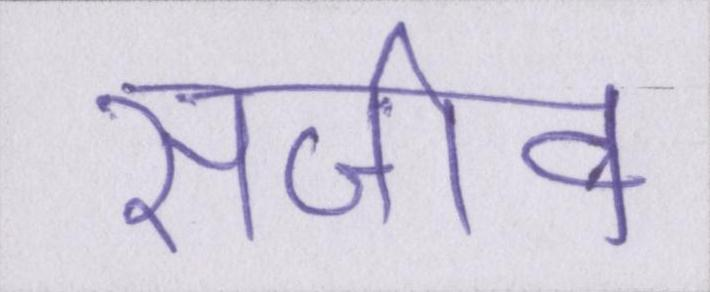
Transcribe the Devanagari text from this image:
सजीव